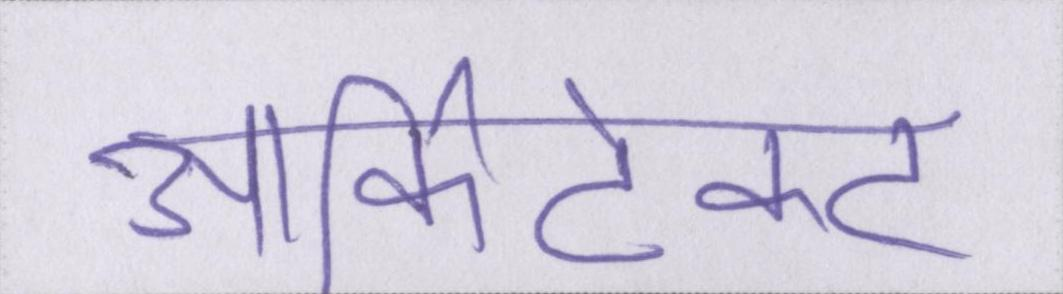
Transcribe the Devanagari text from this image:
आर्किटेक्ट